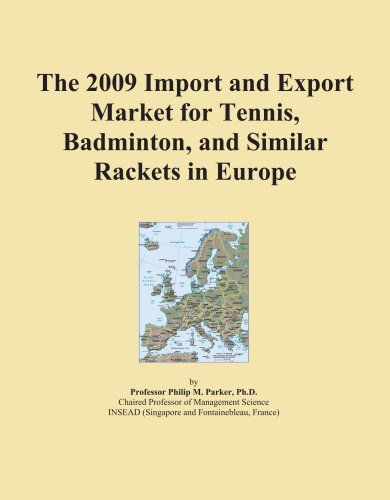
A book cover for The 2009 Import and Export Market for Tennis, Badminton, and Similar Rackets in Europe; Icon Group; Sports & Outdoors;